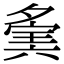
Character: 𡖷